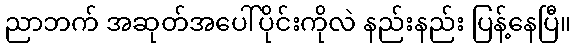
ညာဘက် အဆုတ်အပေါ်ပိုင်းကိုလဲ နည်းနည်း ပြန့်နေပြီ။